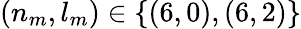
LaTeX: (n_{m},l_{m})\in\{ (6,0),(6,2)\}